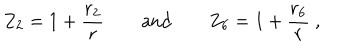
Z _ { 2 } = 1 + \frac { r _ { 2 } } { r } \qquad \mathrm { a n d } \qquad Z _ { 6 } = 1 + \frac { r _ { 6 } } { r } \ ,